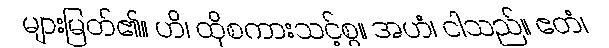
များမြတ်၏။ ဟိ၊ ထိုစကားသင့်စွ။ အဟံ၊ ငါသည်။ ဧတံ၊